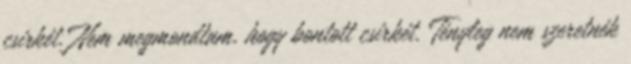
csirkét. Nem megmondtam, hogy bontott csirkét. Tényleg nem szeretnék